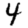
Digit: 4